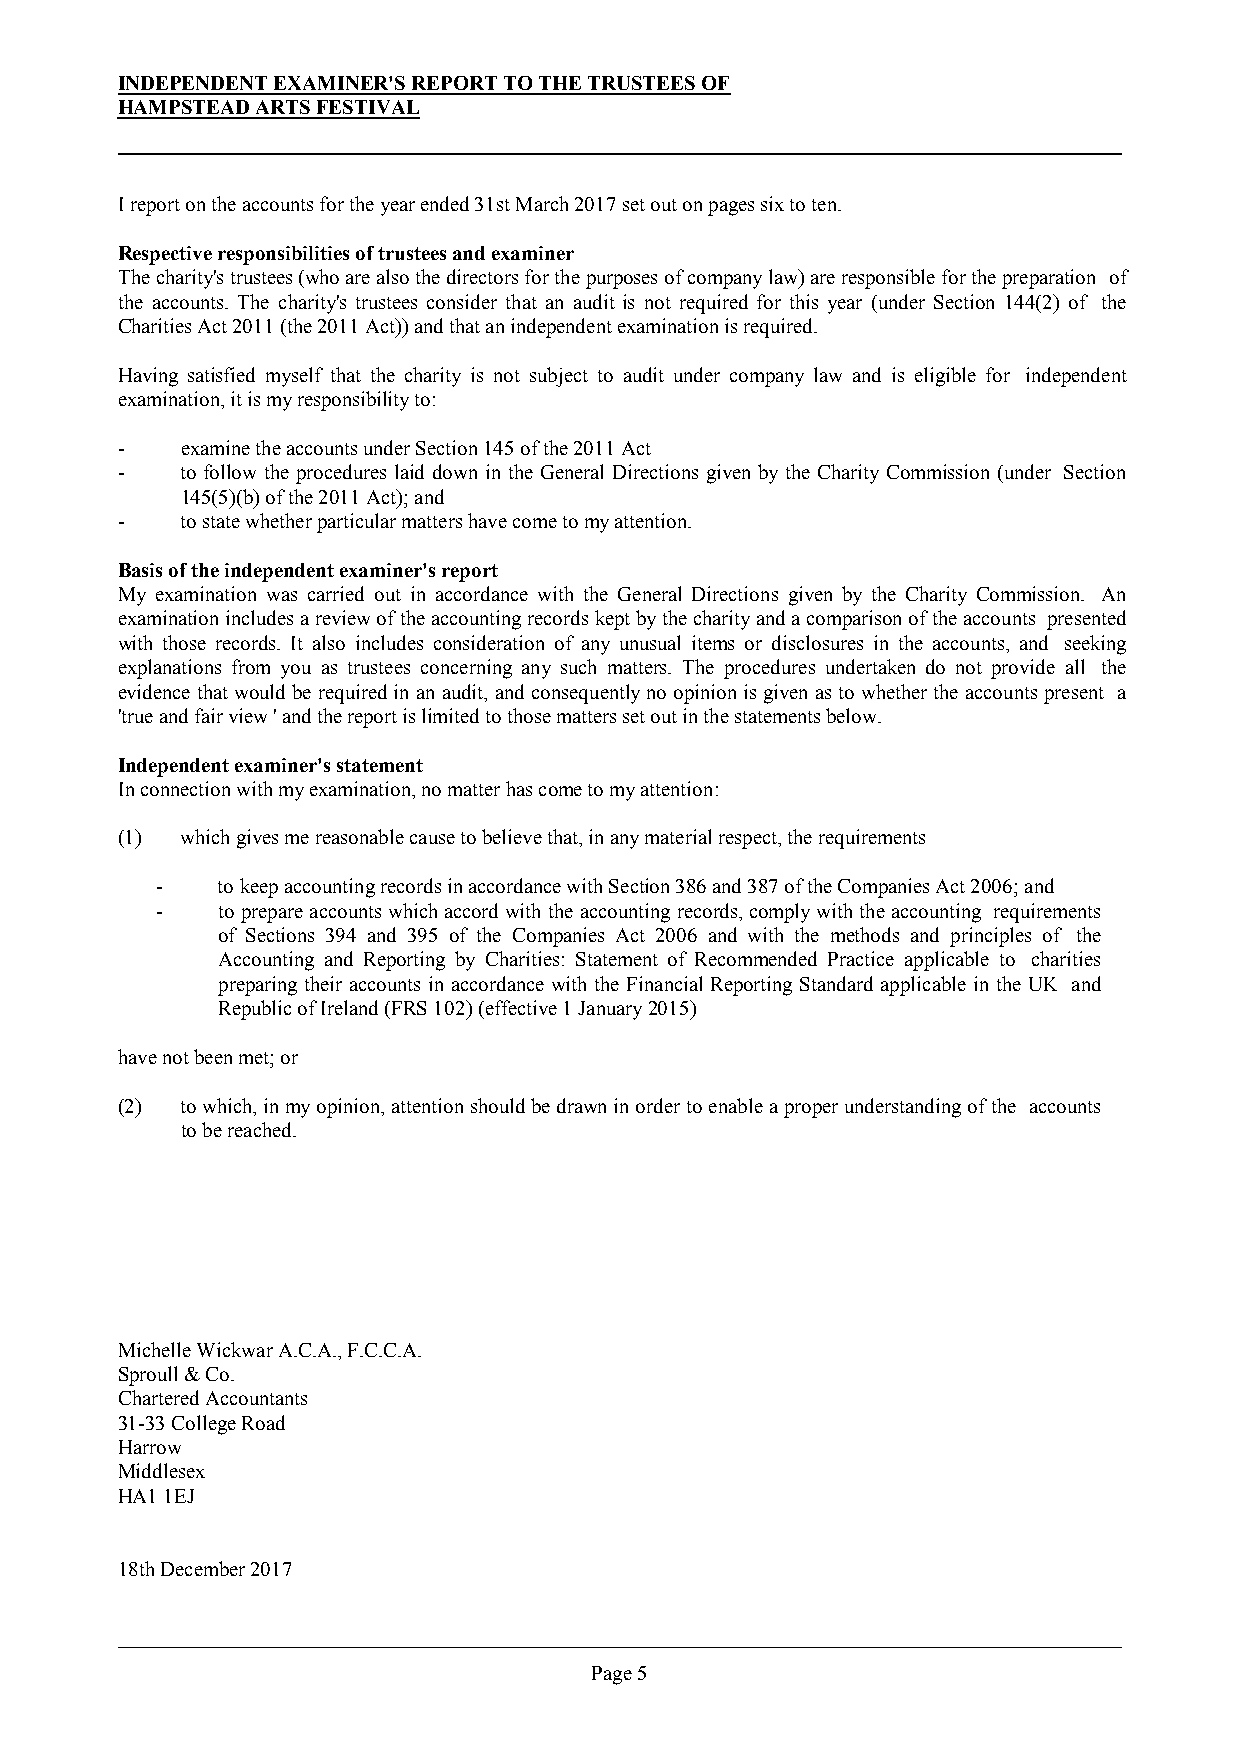
INDEPENDENT EXAMINER'S REPORT TO THE TRUSTEES OF
 HAMPSTEAD ARTS FESTIVAL
 I report on the accounts for the year ended 31st March 2017 set out on pages six to ten.
 Respective responsibilities of trustees and examiner
 Thecharity'strustees(whoarealsothedirectorsforthepurposesofcompanylaw)areresponsibleforthepreparation of
 the accounts. The charity's trustees consider that an audit is not required for this year (under Section 144(2) of the
 Charities Act 2011 (the 2011 Act)) and that an independent examination is required.
 Having satisfied myself that the charity is not subject to audit under company law and is eligible for independent
 examination, it is my responsibility to:
 -   examine the accounts under Section 145 of the 2011 Act
 -   to follow the procedures laid down in the General Directions given by the Charity Commission (under Section
 145(5)(b) of the 2011 Act); and
 -   to state whether particular matters have come to my attention.
 Basis of the independent examiner's report
 My examination was carried out in accordance with the General Directions given by the Charity Commission. An
 examinationincludesareviewoftheaccountingrecordskeptbythecharityandacomparisonoftheaccounts presented
 with those records. It also includes consideration of any unusual items or disclosures in the accounts, and seeking
 explanations from you as trustees concerning any such matters. The procedures undertaken do not provide all the
 evidence thatwould be requiredinanaudit, andconsequentlyno opinionisgivenasto whetherthe accountspresent a
 'true and fair view ' and the report is limited to those matters set out in the statements below.
 Independent examiner's statement
 In connection with my examination, no matter has come to my attention:
 (1) which gives me reasonable cause to believe that, in any material respect, the requirements
 -   to keep accounting records in accordance with Section 386 and 387 of the Companies Act 2006; and
 -   to prepareaccountswhichaccordwiththeaccountingrecords,complywiththeaccounting requirements
 of Sections 394 and 395 of the Companies Act 2006 and with the methods and principles of the
 Accounting and Reporting by Charities: Statement of Recommended Practice applicable to charities
 preparing their accounts in accordance with the Financial Reporting Standard applicable in the UK and
 Republic of Ireland (FRS 102) (effective 1 January 2015)
 have not been met; or
 (2) towhich,inmyopinion,attentionshouldbedrawninordertoenableaproperunderstandingofthe accounts
 to be reached.
 Michelle Wickwar A.C.A., F.C.C.A.
 Sproull & Co.
 Chartered Accountants
 31-33 College Road
 Harrow
 Middlesex
 HA1 1EJ
 18th December 2017
 Page 5